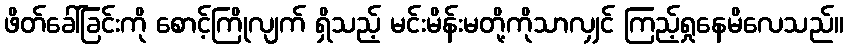
ဖိတ်ခေါ်ခြင်းကို စောင့်ကြိုလျက် ရှိသည့် မင်းမိန်းမတို့ကိုသာလျှင် ကြည့်ရှုနေမိလေသည်။